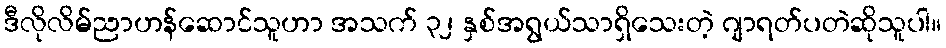
ဒီလိုလိမ်ညာဟန်ဆောင်သူဟာ အသက် ၃၂ နှစ်အရွယ်သာရှိသေးတဲ့ ဂျာရတ်ပတဲဆိုသူပါ။